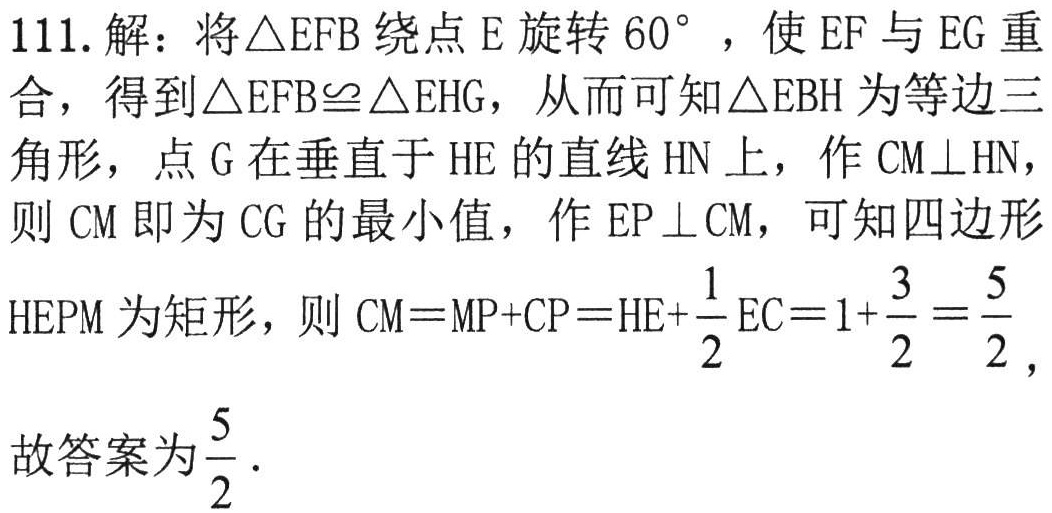
111. 解：将\(\triangle EFB\)绕点\(E\)旋转\(60^{\circ}\)，使\(EF\)与\(EG\)重合，得到\(\triangle EFB\cong\triangle EHG\)，从而可知\(\triangle EBH\)为等边三角形，点\(G\)在垂直于\(HE\)的直线\(HN\)上，作\(CM\perp HN\)，则\(CM\)即为\(CG\)的最小值，作\(EP\perp CM\)，可知四边形\(HEPM\)为矩形，则\(CM = MP + CP = HE+\frac{1}{2}EC = 1+\frac{3}{2}=\frac{5}{2}\)，

故答案为\(\frac{5}{2}\)。